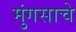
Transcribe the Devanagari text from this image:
मुंगसाचे